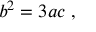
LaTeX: b ^ { 2 } = 3 a c \; ,